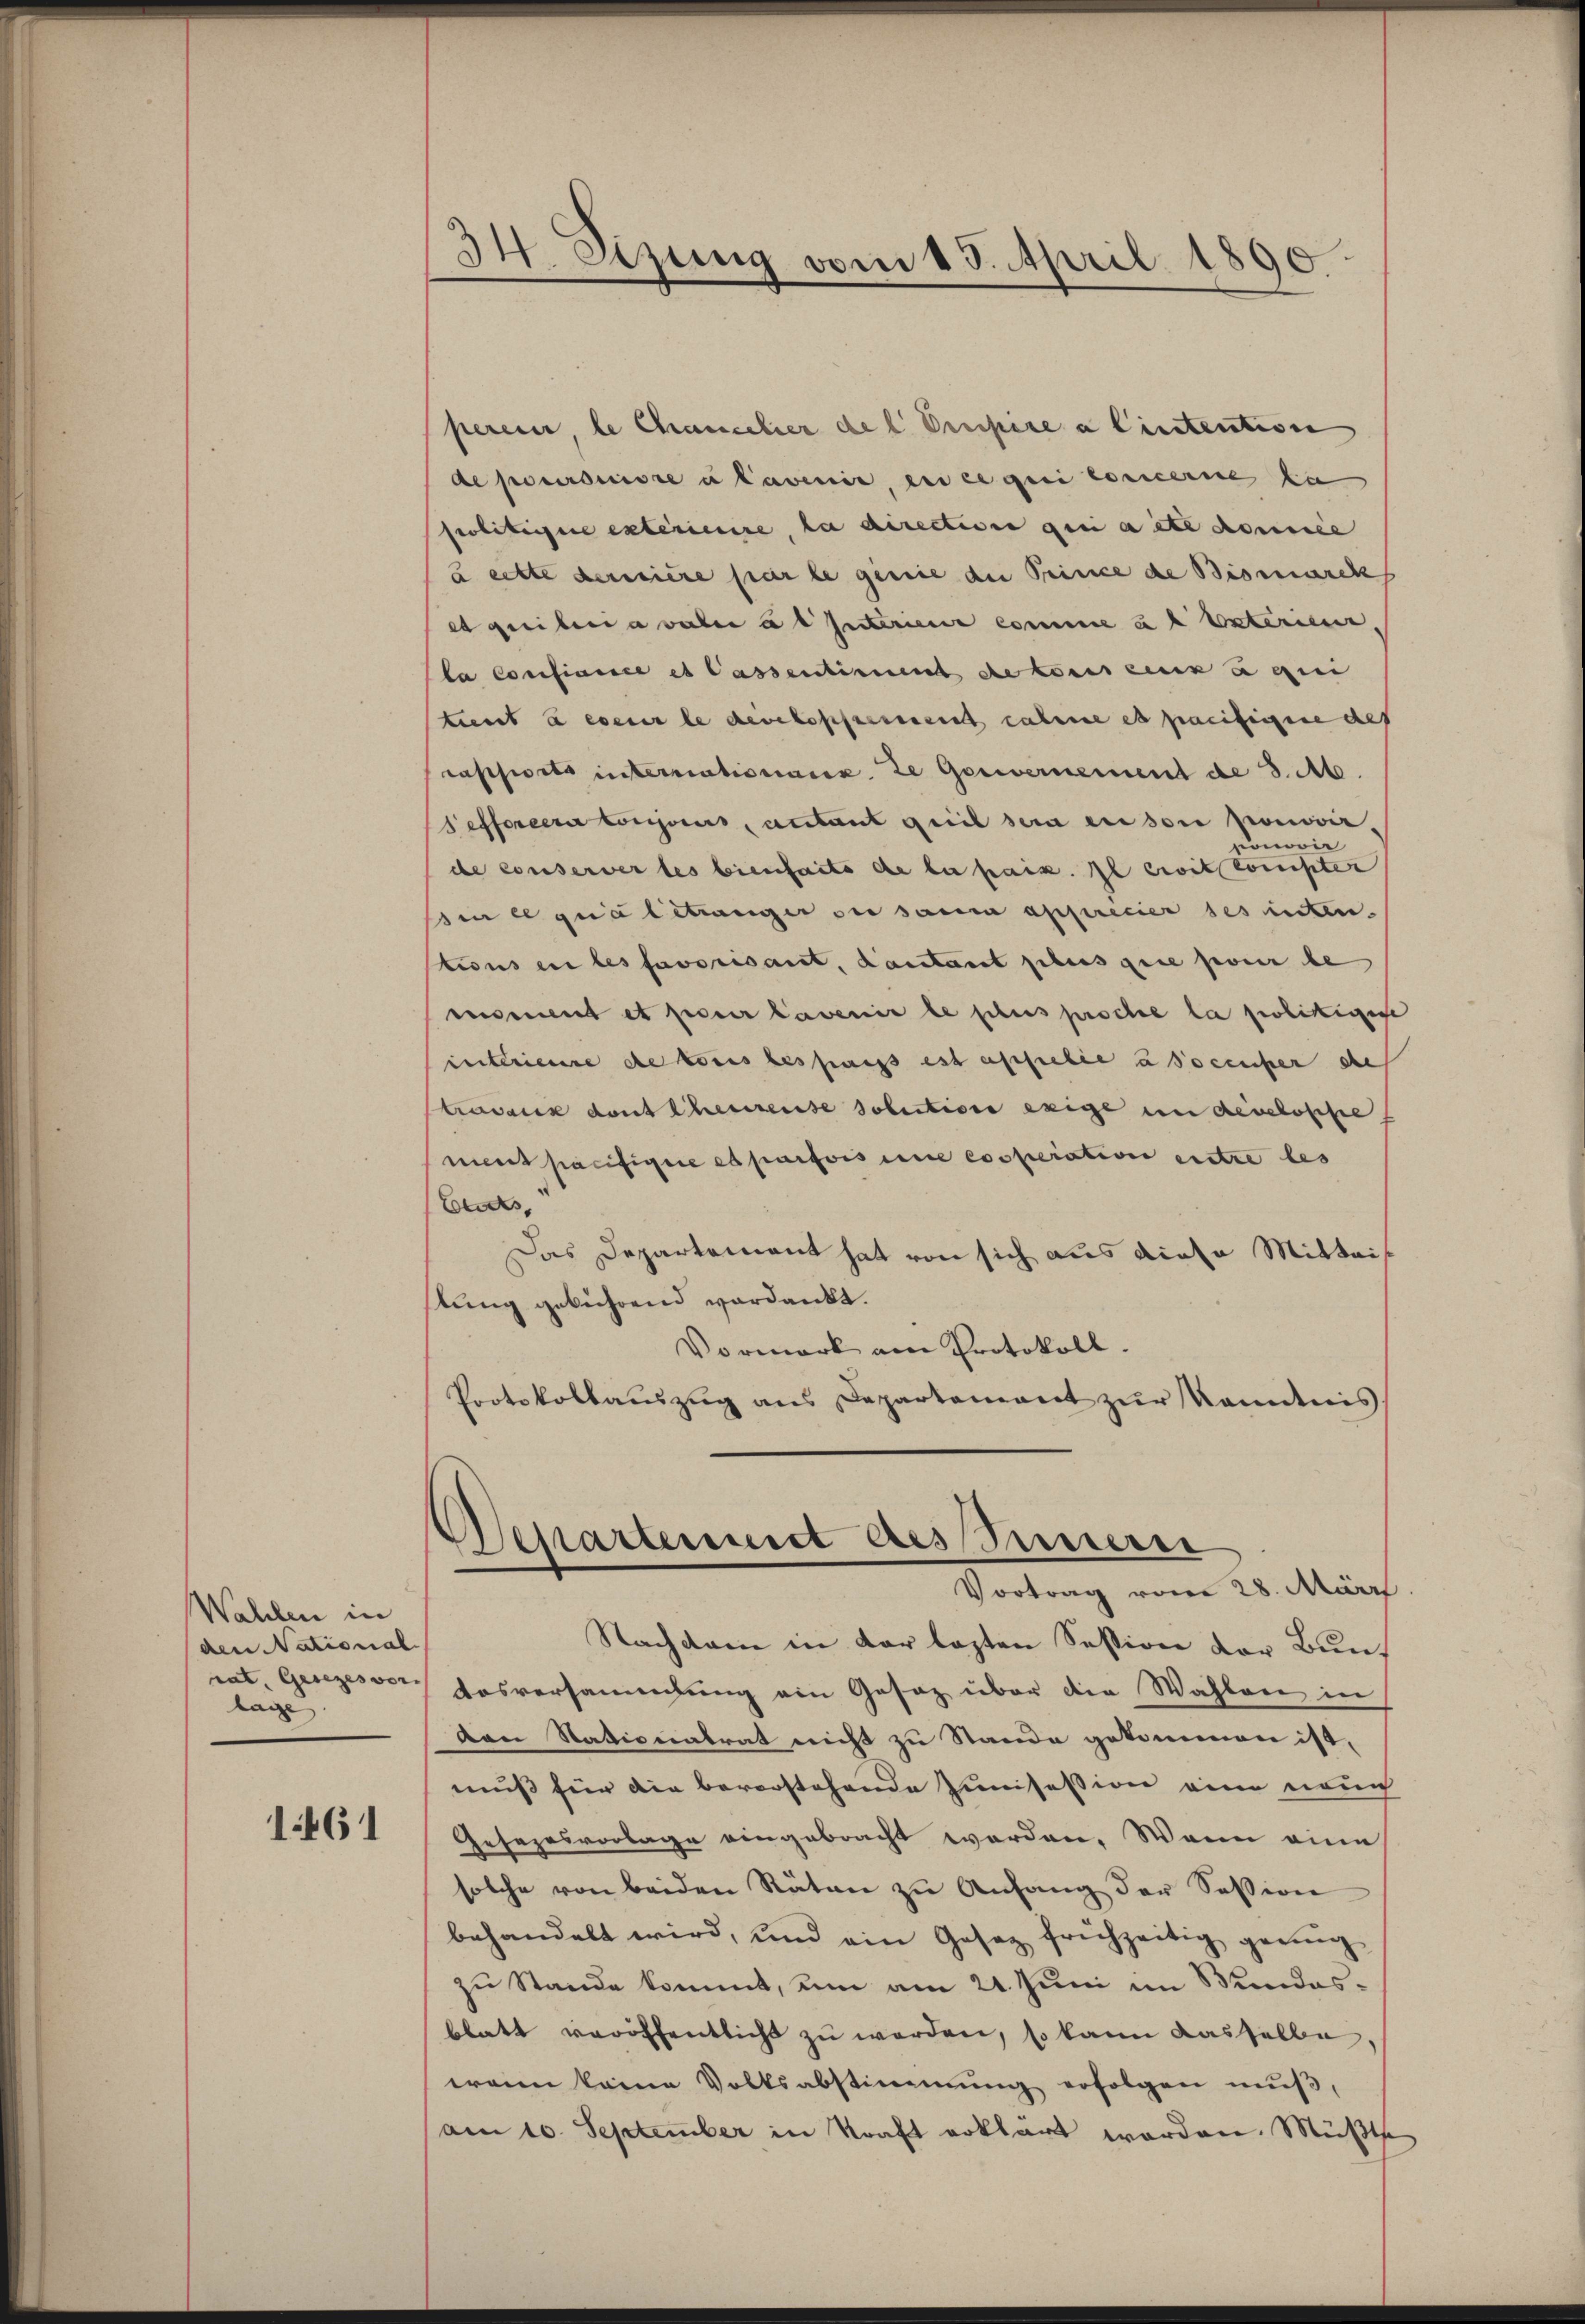
Wahlen in
den National
lage

1461

34. Sizung vom 13. April 1890

perein, le Chancelier del Drupire a lintention
de poursuivre u Lavenir, en ce qui concerne zu
seolitingere extérieure, la direction qui aite donnée
à cette derisiere par le genie an Prince de Bismarck
es quibera valer u d Interiena comme u b exterien
la confiance et lassentiment de tous ce qui
tient à en le der kopferen zahme et pacificie des
rappiritt internationarz ze Gouvernement de 3. Ab.
efforcera toujours, autant qui sera anson promovircomovir
de conserver les bienseits de la paix. Il civit consten
in ce qualitranger de samm apprécier des inten-
tions en les favorisant, Lautant plus que pour be
enomment et pour lavenir le sches proche la politigere
interienne de tons bespangs est appelée à docenser de
travaux dont theurerse solution exige in derelosse
ment pacifigere es parois une coperation entze bes
Ecks
Das Departement hat von sich aus diese Mitteis
stung gebührend verdankt.
Vormerk am Protokoll.
Protokollaŭszŭg ans Departement zŭr Kenntnis
.
Separtenirt dessummern
Vortrag vom 28. März.
Nachdem in der lezten Session der Bunrat, Gesezesvor Losversammlung ein Gesetz über die Wahlen in
den Nationatrat nicht zu Stande gekommen ist,
muß für die bevorstehende Junisession eine neuch
Gesezesvorlage eingebracht worden. Wenn eine
solche von beiden Räten zu Anfang der Session
behandelt wird, und ein Gesetz frühzeitig gering
zu Stande kommt, um am 21. Juni im Kundesblatt veröffentlicht zu werden, so kann dasselbe,
wann keine Volksabstimmung erfolgen muß,
am 10. September in Straft erklärt worden. Müßte